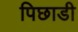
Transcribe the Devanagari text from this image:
पिछाडी